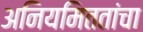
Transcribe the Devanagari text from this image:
अनियमिततांचा